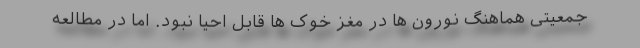
جمعیتی هماهنگ نورون ها در مغز خوک ها قابل احیا نبود. اما در مطالعه